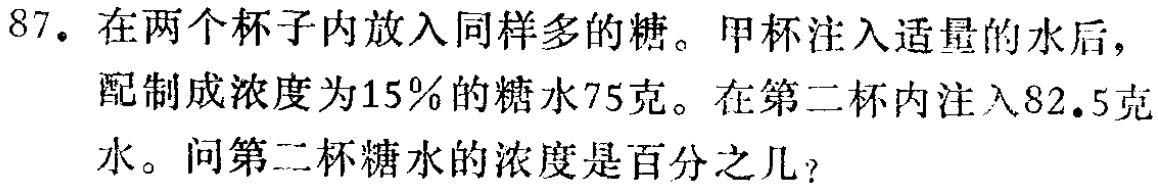
87. 在两个杯子内放入同样多的糖。甲杯注入适量的水后，配制成浓度为15%的糖水75克。在第二杯内注入82.5克水。问第二杯糖水的浓度是百分之几？